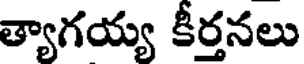
త్యాగయ్య కీర్తనలు